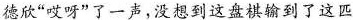
德欣“哎呀”了一声，没想到这盘棋输到了这匹